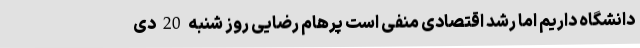
دانشگاه داریم اما رشد اقتصادی منفی است پرهام رضایی روز شنبه 20 دی